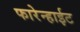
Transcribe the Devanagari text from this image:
फारेन्हाईट